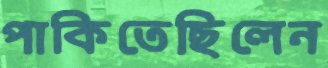
পাকিতেছিলেন